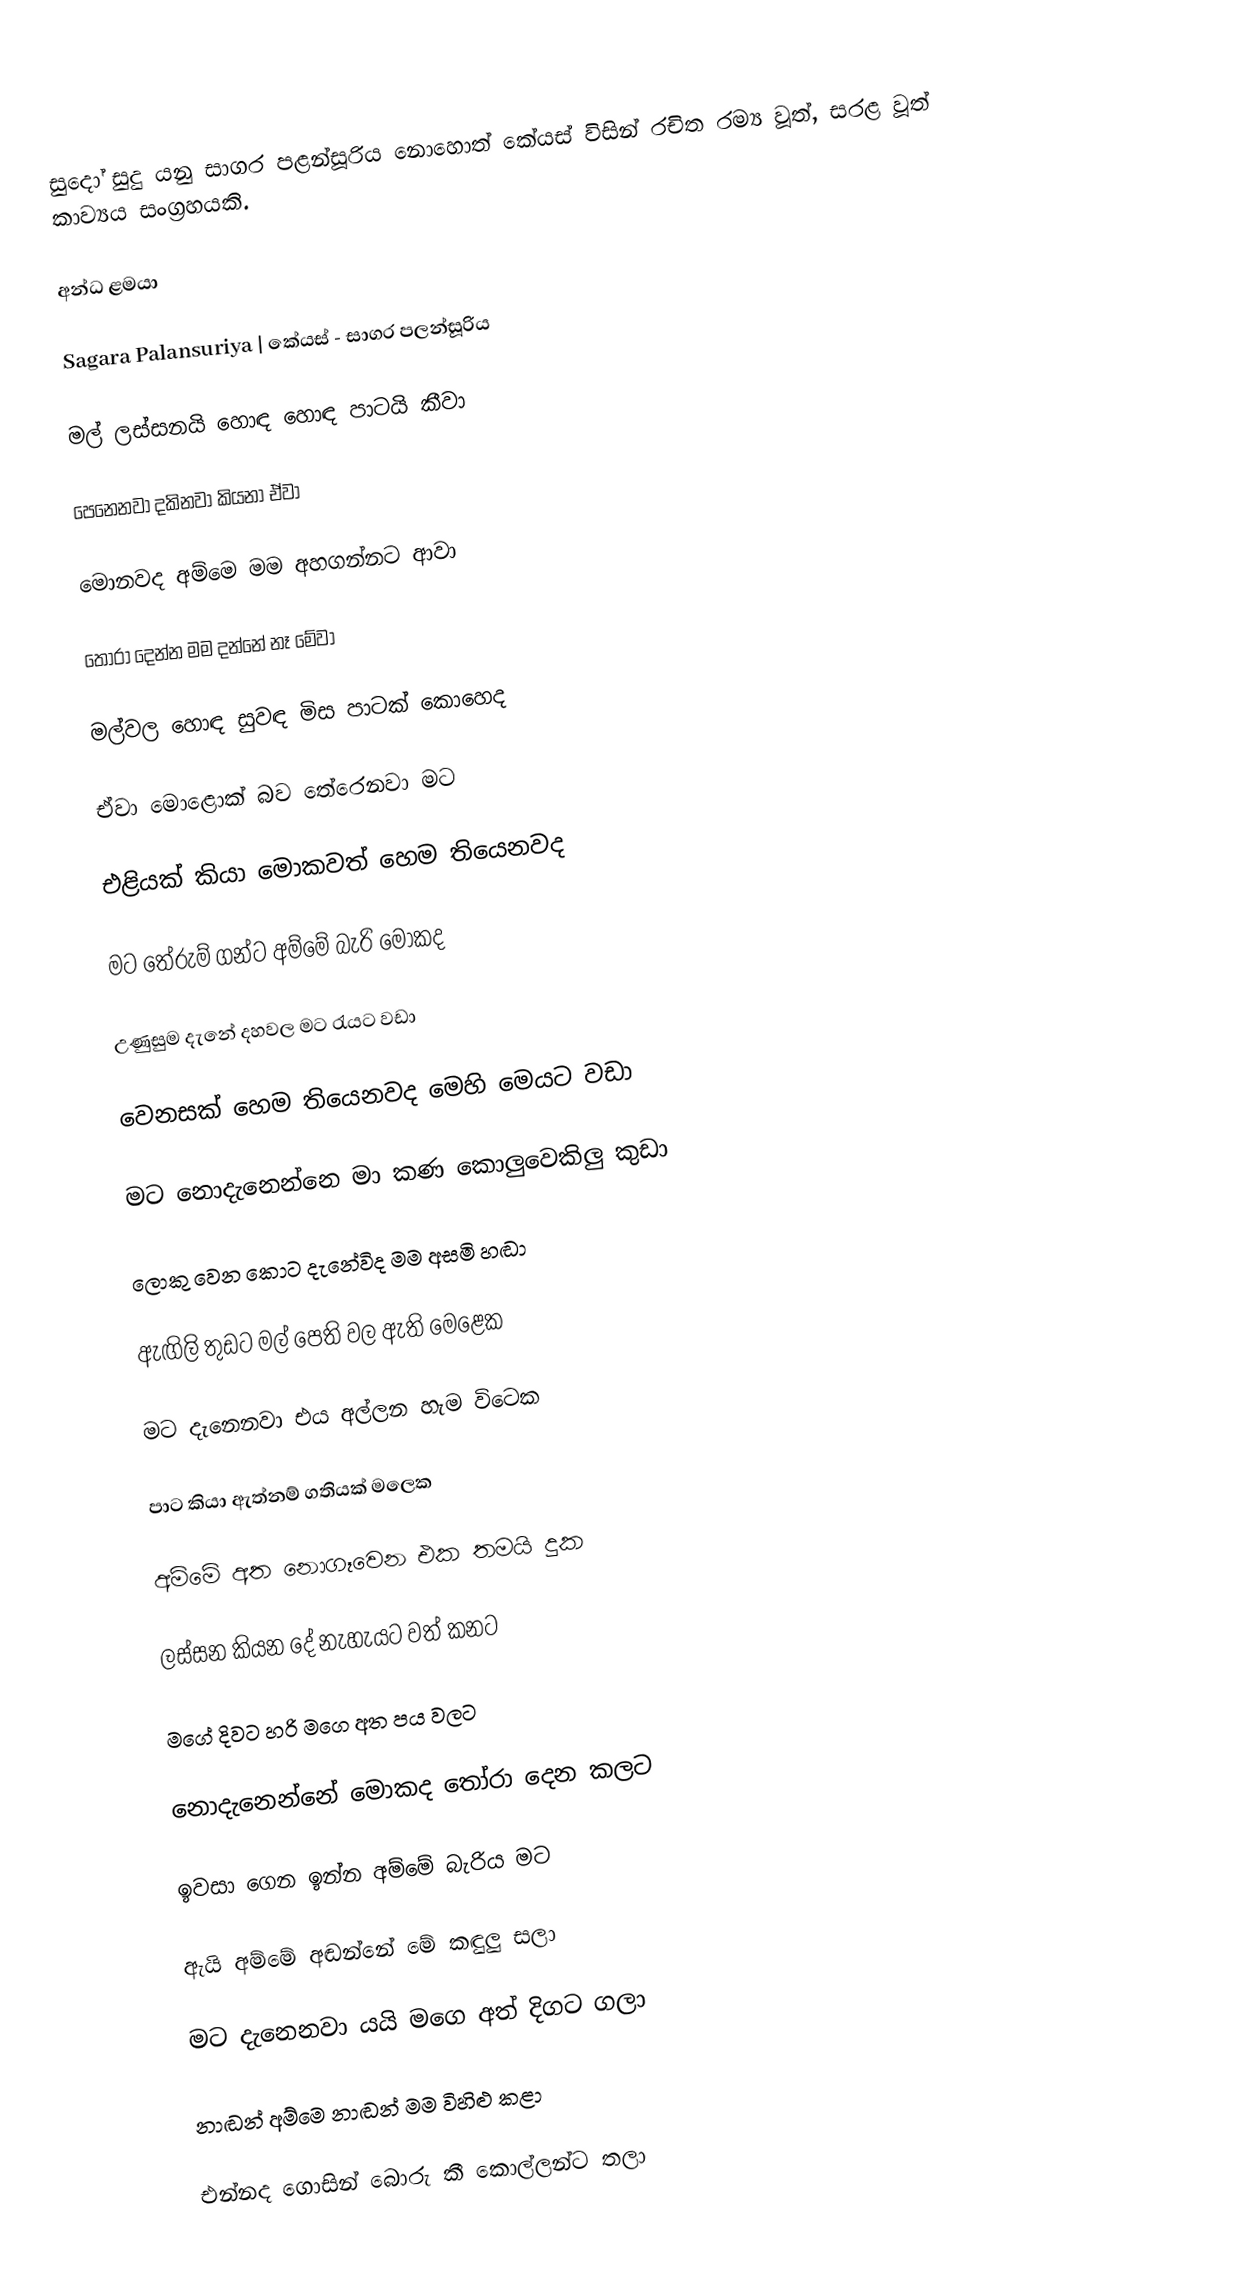
සුදෝ සුදු යනු සාගර පළන්සූරිය නොහොත් කේයස් විසින් රචිත රම්‍ය වූත්, සරළ වූත් කාව්‍යය සංග්‍රහයකි.

අන්ධ ළමයා

Sagara Palansuriya | කේයස් - සාගර පලන්සූරිය

මල් ලස්සනයි හොඳ හොඳ පාටයි කීවා

පෙනෙනවා දකිනවා කියනා ඒවා

මොනවද අම්මෙ මම අහගන්නට ආවා

තෝරා දෙන්න මම දන්නේ නෑ මේවා

මල්වල හොඳ සුවඳ මිස පාටක් කොහෙද

ඒවා මොළොක් බව තේරෙනවා මට

එළියක් කියා මොකවත් හෙම තියෙනවද

මට තේරුම් ගන්ට අම්මේ බැරි මොකද

උණුසුම දැනේ දහවල මට රැයට වඩා

වෙනසක් හෙම තියෙනවද මෙහි මෙයට වඩා

මට නොදැනෙන්නෙ මා කණ කොලුවෙකිලු කුඩා

ලොකු වෙන කොට දැනේවිද මම අසමි හඬා

ඇඟිලි තුඩට මල් පෙති වල ඇති මෙළෙක

මට දැනෙනවා එය අල්ලන හැම විටෙක

පාට කියා ඇත්නම් ගතියක් මලෙක

අම්මේ අත නොගෑවෙන එක තමයි දුක

ලස්සන කියන දේ නැහැයට වත් කනට

මගේ දිවට හරි මගෙ අත පය වලට

නොදැනෙන්නේ මොකද තෝරා දෙන කලට

ඉවසා ගෙන ඉන්න අම්මේ බැරිය මට

ඇයි අම්මේ අඬන්නේ මේ කඳුලු සලා

මට දැනෙනවා යයි මගෙ අත් දිගට ගලා

නාඬන් අම්මෙ නාඬන් මම විහිළු කළා

එන්නද ගොසින් බොරු කී කොල්ලන්ට තලා